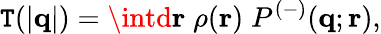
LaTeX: \mathtt{T}(|{\mathbf{q}}|)=\intd{\mathbf{r}}\; \rho({\mathbf{r}})\; P^{(-)}({\mathbf{q}};{\mathbf{r}}),